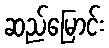
ဆည်မြောင်း